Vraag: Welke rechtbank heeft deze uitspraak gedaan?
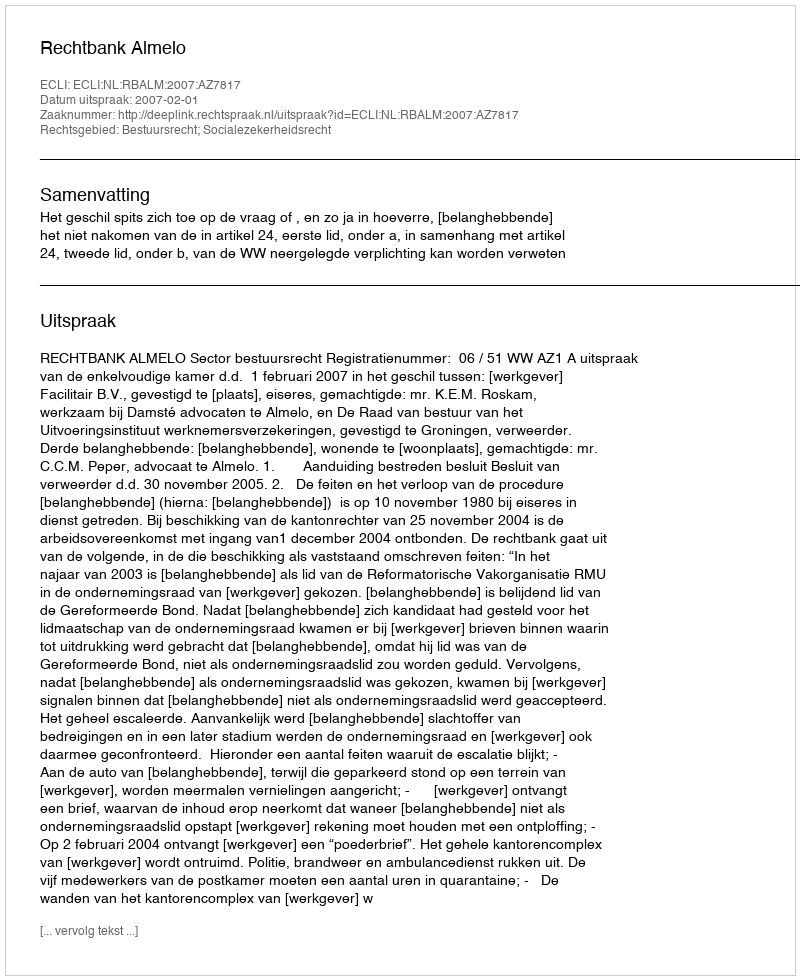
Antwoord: Rechtbank Almelo